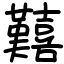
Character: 囏